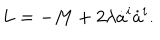
L = - M + 2 \lambda \dot { a } ^ { i } \dot { a } ^ { i } .